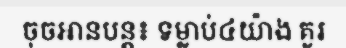
ចុចអានបន្ត៖ ទម្លាប់៤យ៉ាង គួរ